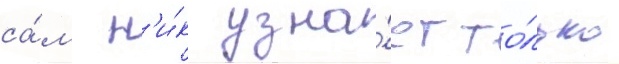
са́м н'и́к узна́ет то́лько